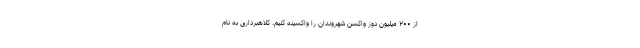
از ۲۰۰ میلیون دوز واکسن شهروندان را واکسینه کنیم. کلاهبرداری به نام